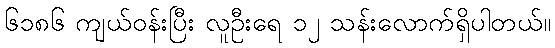
၆၁၈၆ ကျယ်ဝန်းပြီး လူဦးရေ ၁၂ သန်းလောက်ရှိပါတယ်။